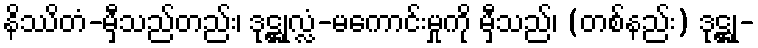
နိဿိတံ-မှီသည်တည်း၊ ဒုဋ္ဌုလ္လံ-မကောင်းမှုကို မှီသည်၊ (တစ်နည်း) ဒုဋ္ဌု-